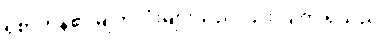
ရိုစာဟန်၏ မျက်လုံးများသည် ပြူးလျက် ရှိသည်။